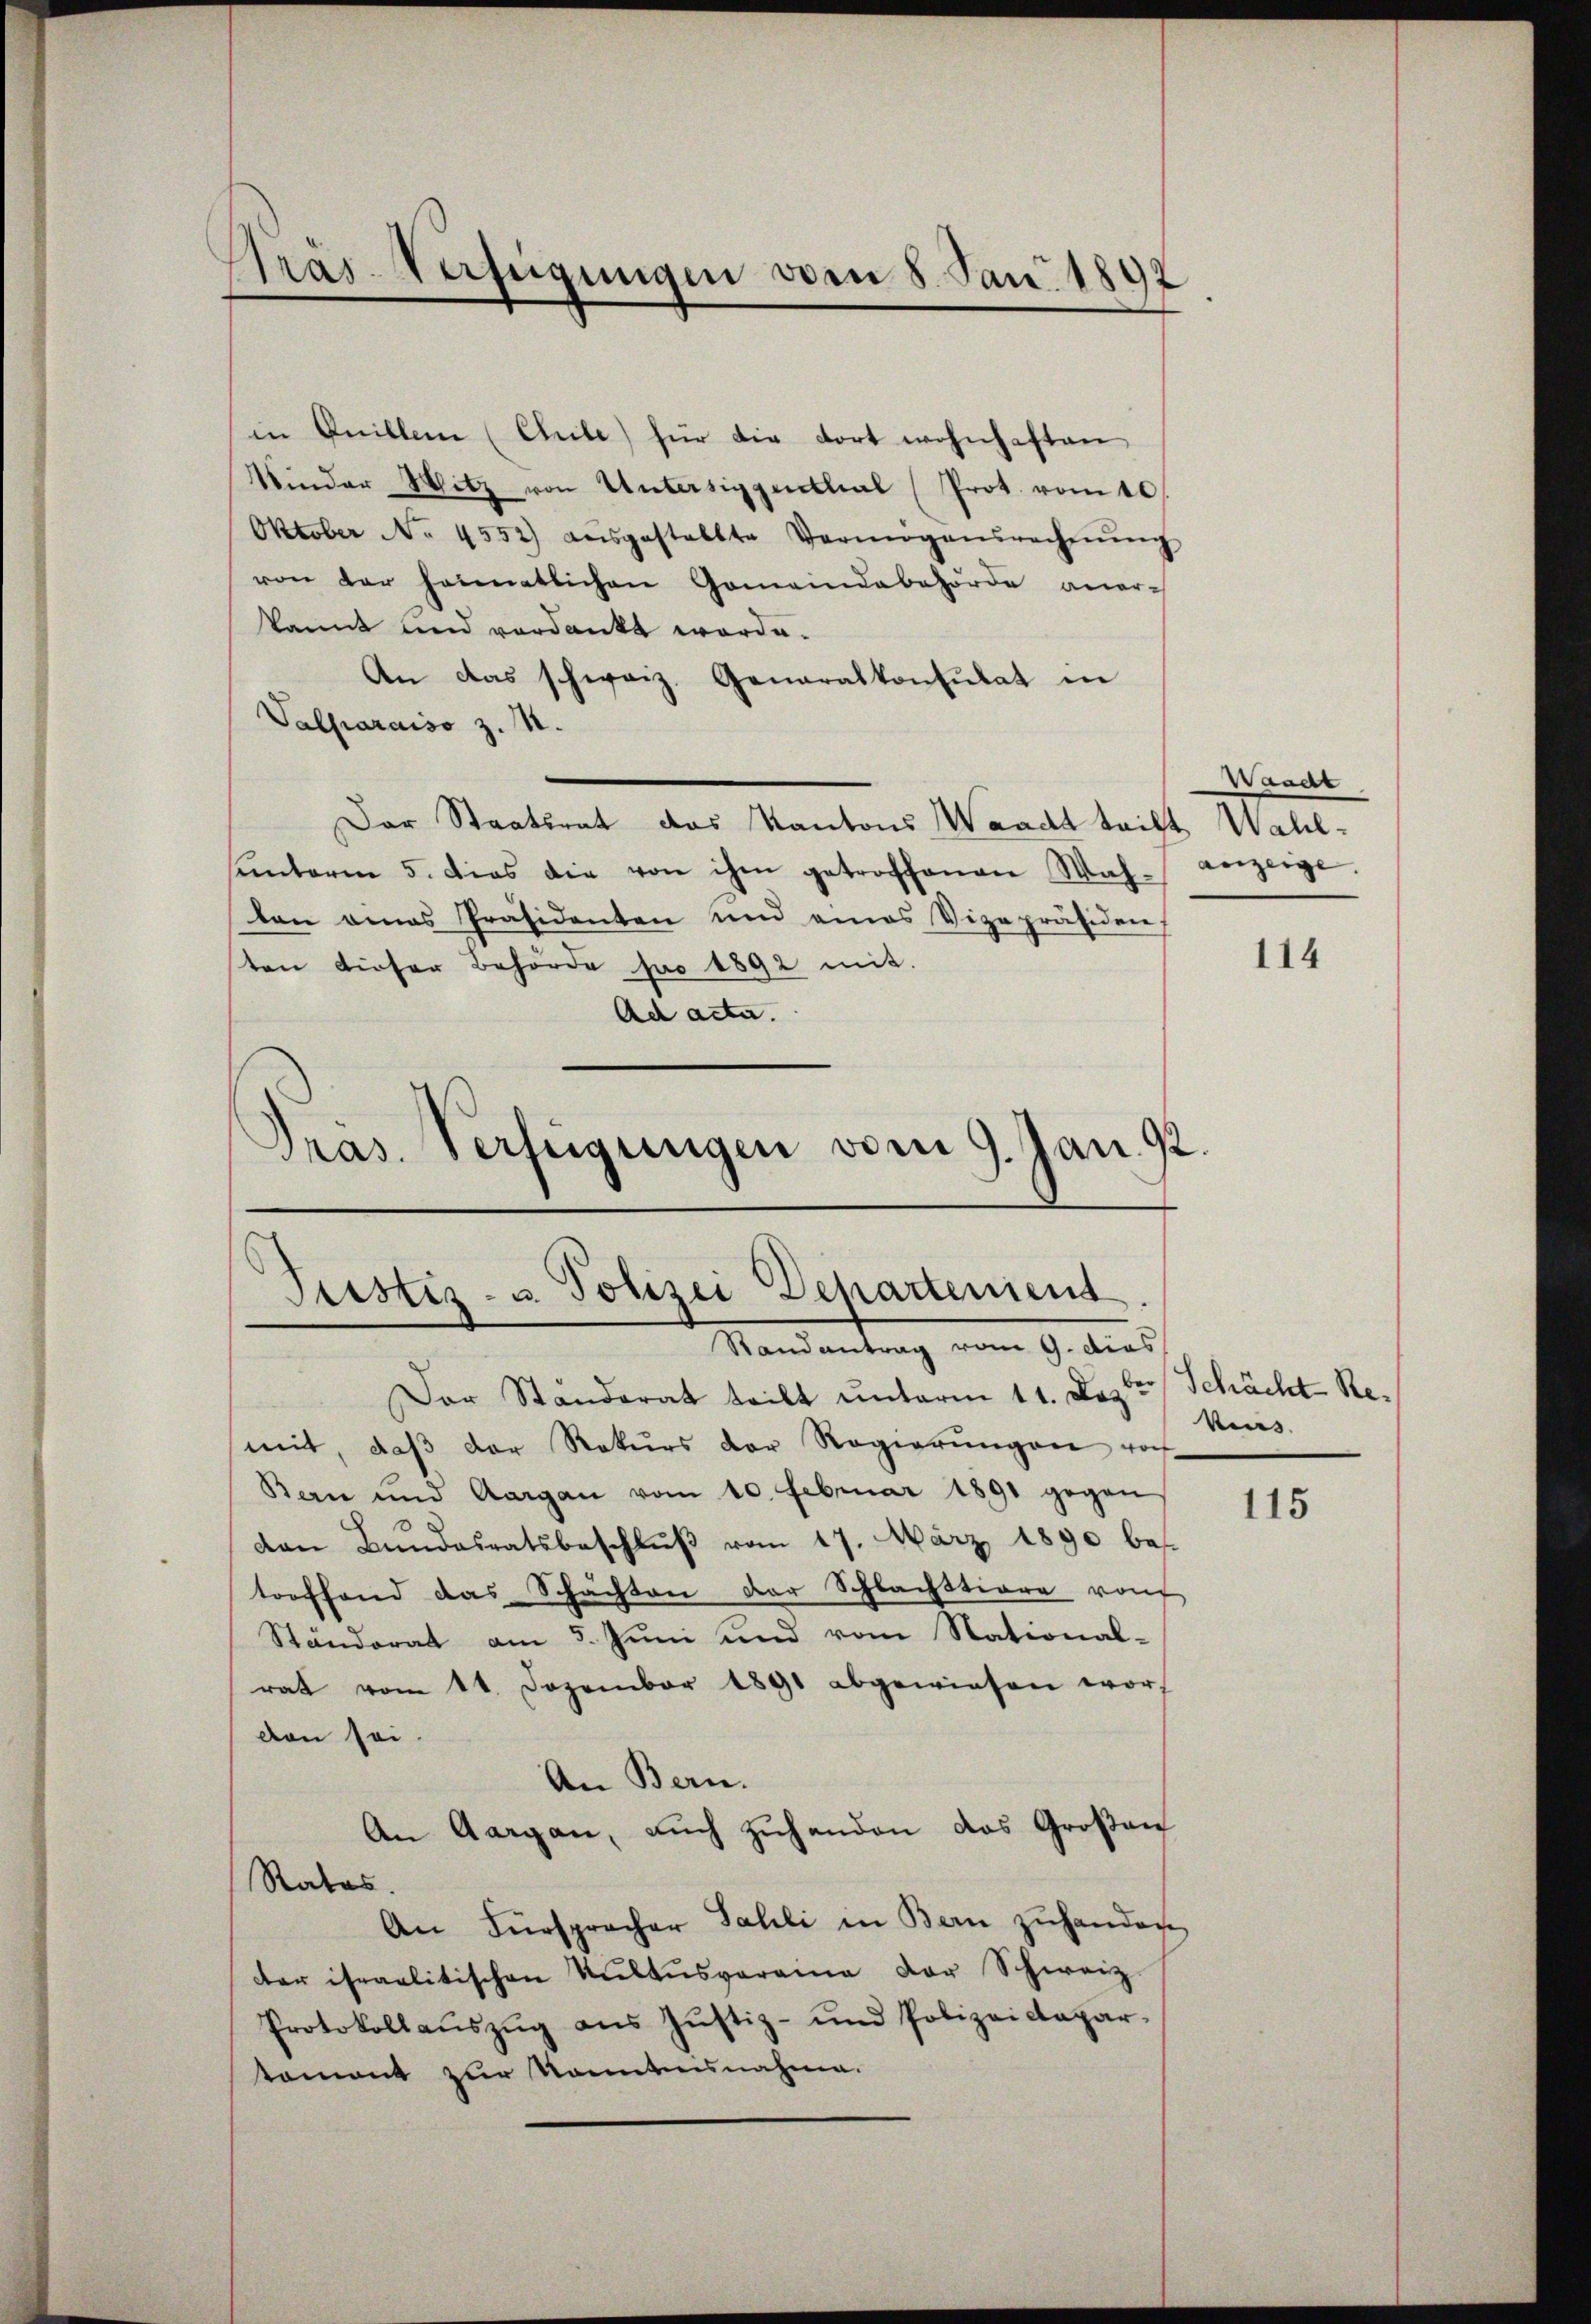
Pras-Verfügungen vom 8. Jan. 1892

in Inillen (Chile) für die dort wohnhaften
Kinder Witz von Untersiegenthal (Prot. vom 10.
Oktober No. 4552) ausgestellte Vermögensrechnŭng
von der heimatlichen Gemeindebehörde aner-
kannt und verdankt worde.
An das schweiz. Generalkonsulat in
Valparaiso z. M.
Der Staatsrat das Kantons Waadt teilt
ŭnterm 5. dies die von ihm getroffenen Wah-
ten eines Präsidenten und eines Vizepräsiden
ten dieser Behörde pro 1892 mit.
Ad acta.
Pras. Verfügungen vom 9. Jan. 12

Justiz- u. Polizei Departement
Randantrag vom 9. dies

Waadt
Wahl-
anzeige. |

Der Standerat teilt unterm 11. Dez.
mit, daβ der Rekurs der Regierŭngen von
Bern und Aargau vom 10. Februar 1891 gegen
den Bundesratsbeschlŭβ vom 17. März 1890 bes
toeffend das Schachten der Schlachstiare von
Ständerat am 5. Juni und vom Stational-
rat vom 11. Dezember 1891 abgewiesen wor
den sei
An Bern.
An Aargau, auch zuhanden das Großen
Rates.
An Fürspracher Sahli in Bern zŭ hander
er israelitischen Kultusveraina der Schweiz.
Protokollaŭszŭg ans Jŭstiz- und Polizeicapar-
tament zur Sonntensnahme.

114

ber
Schächt Re
kens.

115